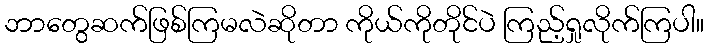
ဘာတွေဆက်ဖြစ်ကြမလဲဆိုတာ ကိုယ်ကိုတိုင်ပဲ ကြည့်ရှုလိုက်ကြပါ။